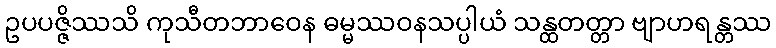
ဥပပဇ္ဇိဿသိ ကုသီတဘာဝေန ဓမ္မဿဝနသပ္ပါယံ သန္ထတတ္တာ ဗျာဟရန္တဿ